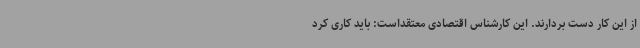
از این کار دست بردارند. این کارشناس اقتصادی معتقداست: باید کاری کرد